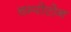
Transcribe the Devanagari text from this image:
चम्पोटोन